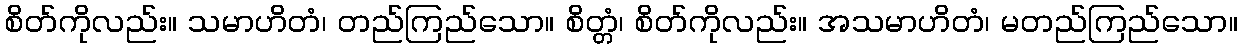
စိတ်ကိုလည်း။ သမာဟိတံ၊ တည်ကြည်သော။ စိတ္တံ၊ စိတ်ကိုလည်း။ အသမာဟိတံ၊ မတည်ကြည်သော။